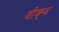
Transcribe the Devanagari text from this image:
जीव्ह्ज़